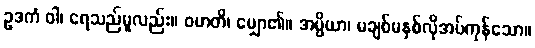
ဥဒကံ ဝါ၊ ရေသည်မူလည်း။ ဝဟတိ၊ မျှော၏။ အပ္ပိယာ၊ မချစ်မနှစ်လိုအပ်ကုန်သော။